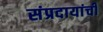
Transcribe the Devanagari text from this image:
संप्रदायांची